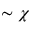
\sim \chi